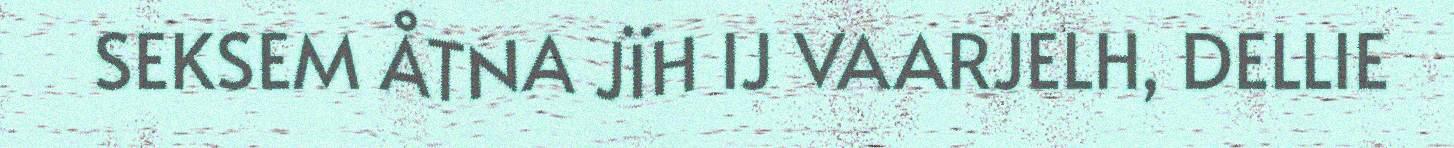
SEKSEM ÅTNA JÏH IJ VAARJELH, DELLIE